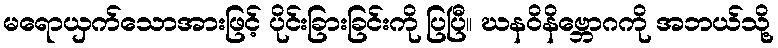
မရောယှက်သောအားဖြင့် ပိုင်းခြားခြင်းကို ပြပြီ။ ဃနဝိနိဗ္ဘောဂကို အဘယ်သို့